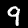
Label: 9